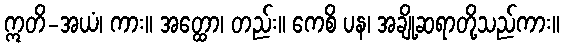
ဣတိ-အယံ၊ ကား။ အတ္ထော၊ တည်း။ ကေစိ ပန၊ အချို့ဆရာတို့သည်ကား။